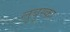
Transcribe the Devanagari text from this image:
लुबुस्का